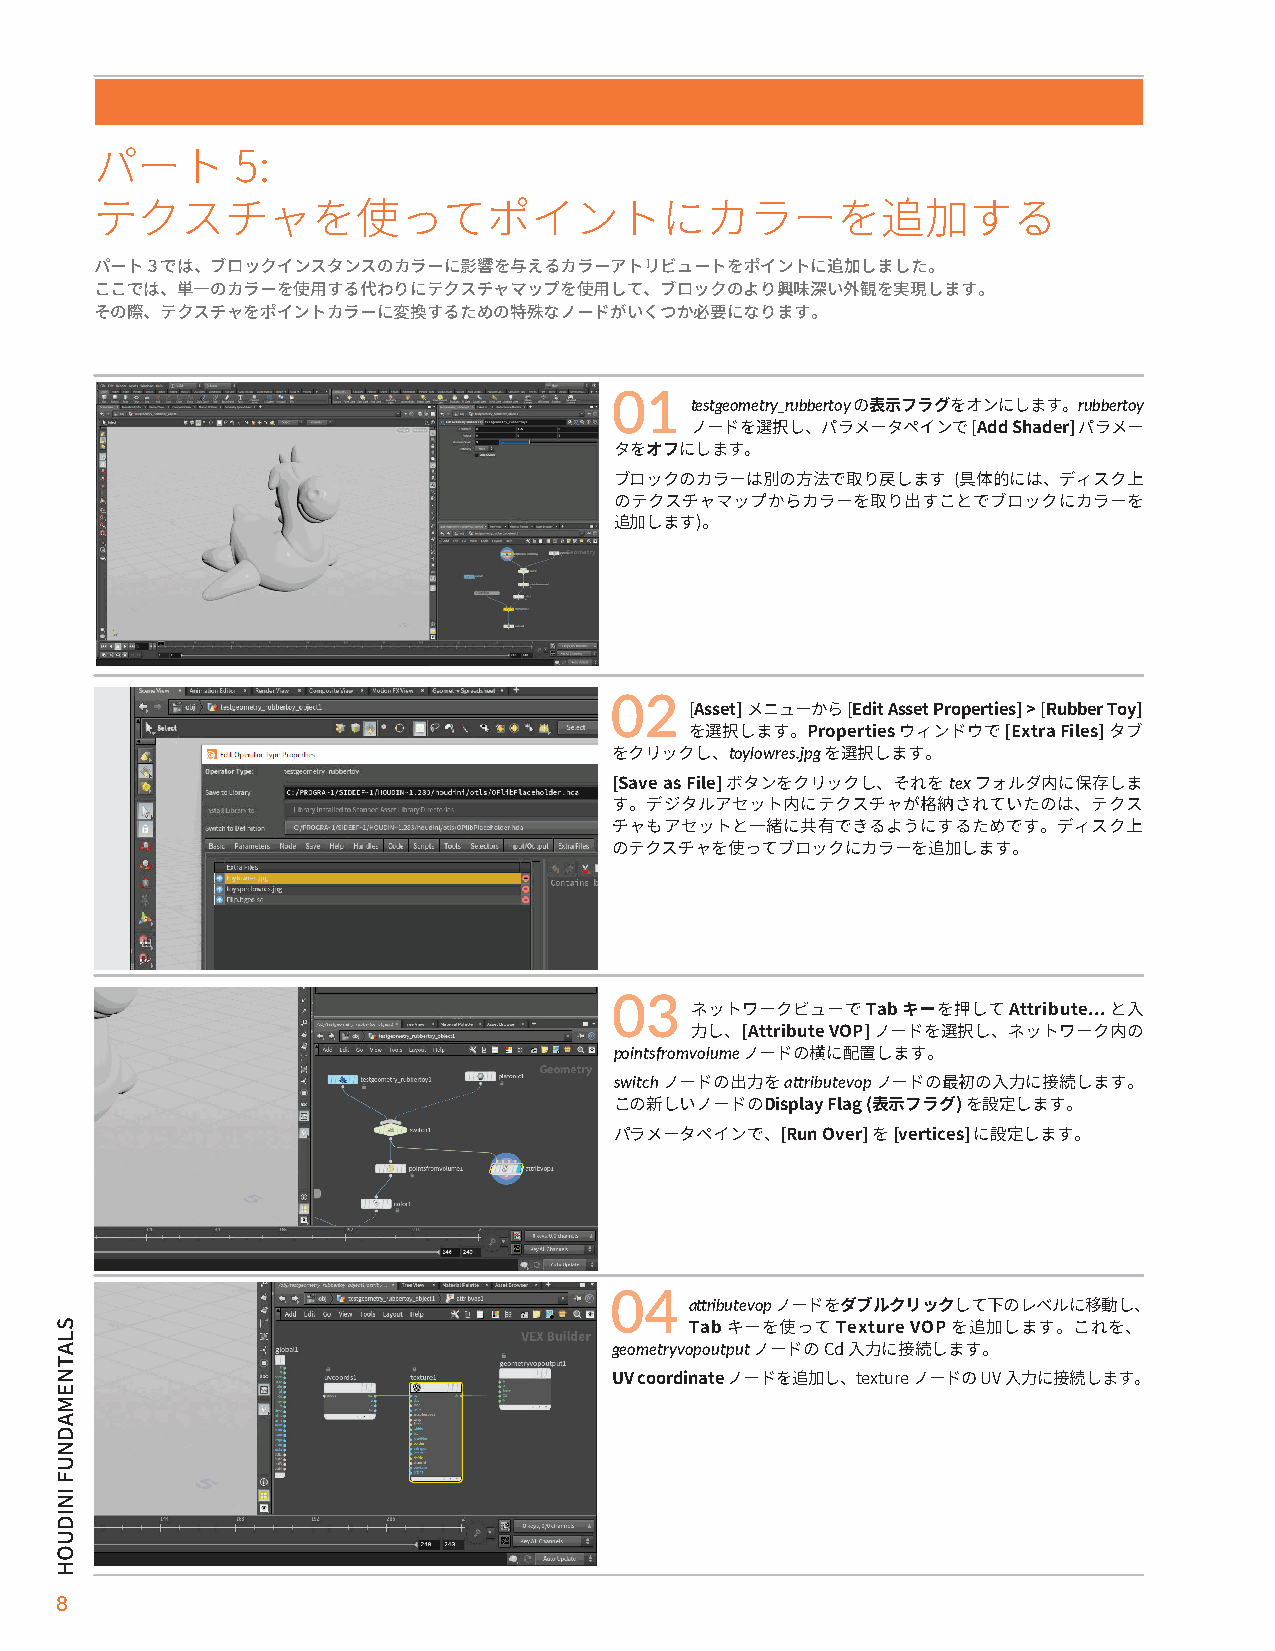
パート       5:
 テクスチャを使ってポイントにカラーを追加する
 パート 3 では、ブロックインスタンスのカラーに影響を与えるカラーアトリビュートをポイントに追加しました。
 ここでは、単一のカラーを使用する代わりにテクスチャマップを使用して、ブロックのより興味深い外観を実現します。
 その際、テクスチャをポイントカラーに変換するための特殊なノードがいくつか必要になります。
 01
 testgeometry_rubbertoy   rubbertoy
 の表示フラグをオンにします。
 ノードを選択し、パラメータペインで [Add Shader] パラメー
 タをオフにします。
 ブロックのカラーは別の方法で取り戻します  (具体的には、ディスク上
 のテクスチャマップからカラーを取り出すことでブロックにカラーを
 追加します)。
 02
 [Asset] メニューから [Edit Asset Properties] > [Rubber Toy]
 を選択します。Properties ウィンドウで [Extra Files] タブ
 toylowres.jpg
 をクリックし、       を選択します。
 tex
 [Save as File] ボタンをクリックし、それを フォルダ内に保存しま
 す。デジタルアセット内にテクスチャが格納されていたのは、テクス
 チャもアセットと一緒に共有できるようにするためです。ディスク上
 のテクスチャを使ってブロックにカラーを追加します。
 03
 ネットワークビューで Tab キーを押して Attribute... と入
 力し、[Attribute VOP] ノードを選択し、ネットワーク内の
 pointsfromvolume
 ノードの横に配置します。
 switch     attributevop
 ノードの出力を       ノードの最初の入力に接続します。
 この新しいノードのDisplay Flag (表示フラグ) を設定します。
 パラメータペインで、[Run Over] を [vertices] に設定します。
 04
 attributevop
 ノードをダブルクリックして下のレベルに移動し、
 Tab キーを使って Texture VOP を追加します。これを、
 geometryvopoutput
 ノードの Cd 入力に接続します。
 UV coordinate ノードを追加し、texture ノードの UV 入力に接続します。
 8
 SLATNEMADNUF
 INIDUOH